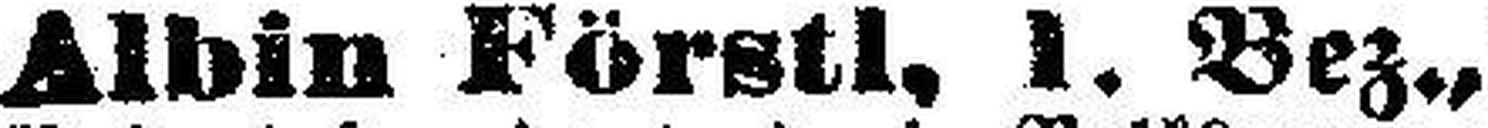
Albin Förstl, 1. Bez.,